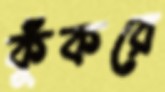
কুঁকরে